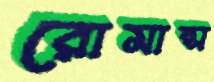
রোমান্স